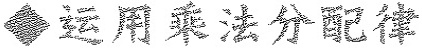
◆运用乘法分配律